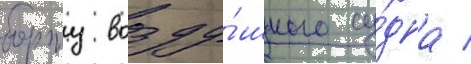
борту возду́шного су́дна /